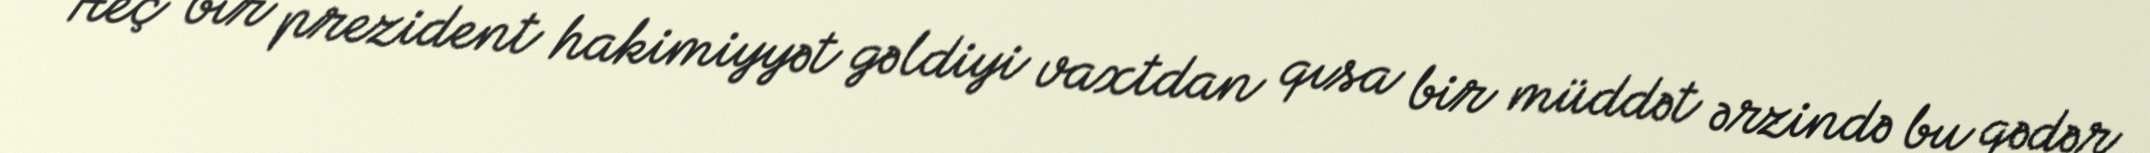
Heç bir prezident hakimiyyət gəldiyi vaxtdan qısa bir müddət ərzində bu qədər